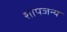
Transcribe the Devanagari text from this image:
शापजन्य